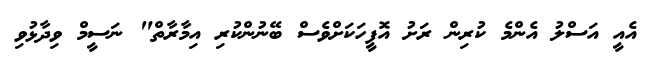
އެއީ އަސްލު އެންމެ ކުރިން ރަށު އޮފީހަކަށްވެސް ބޭނުންކުރި އިމާރާތް" ނަސީމް ވިދާޅުވި